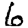
Digit: 6